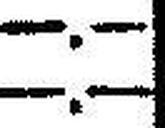
—.—